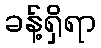
ခန့်ရှိရာ